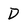
Character: D